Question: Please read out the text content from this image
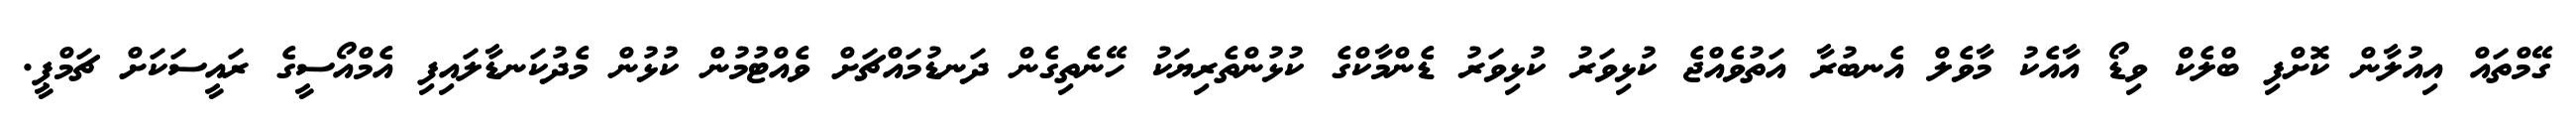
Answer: ގޭމްތައް އިއުލާން ކޮށްފި ބްލެކް ވިޑޯ އާއެކު މާވެލް އެނބުރާ އަތުވެއްޖެ ކުޅިވަރު ކުޅިވަރު ޑެންމާކްގެ ކުޅުންތެރިޔަކު ހޭނެތިގެން ދަނޑުމައްޗަށް ވެއްޓުމުން ކުޅުން މެދުކަނޑާލައިފި އެމްއޯސީގެ ރައީސަކަށް ޗަމްޕީ.